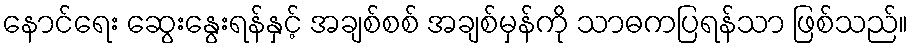
နောင်ရေး ဆွေးနွေးရန်နှင့် အချစ်စစ် အချစ်မှန်ကို သာဓကပြရန်သာ ဖြစ်သည်။